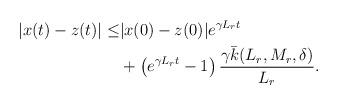
LaTeX: \begin{align*}\begin{aligned}|x(t)-z(t)| \le & |x(0)-z(0)| e^{\gamma L_r t}\\&+\left(e^{\gamma L_r t} -1\right) \dfrac{\gamma \bar k(L_r,M_r, \delta)}{L_r }.\end{aligned}\end{align*}